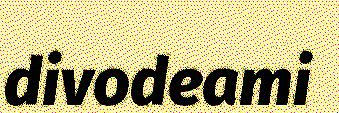
divodeami